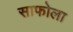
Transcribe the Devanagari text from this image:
साफोला